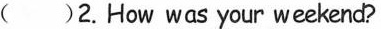
( )2.How was your weekend?